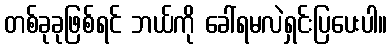
တစ်ခုခုဖြစ်ရင် ဘယ်ကို ခေါ်ရမလဲရှင်းပြပေးပါ။